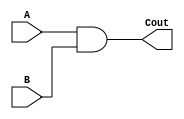
// AND Gate logic

module ANDGate (
	input wire A,B,
	output wire Cout);
	
	
	assign Cout = A & B;		// AND Gate operation
	
	endmodule